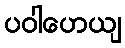
ပဝါဟေယျ